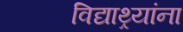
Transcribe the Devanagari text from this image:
विद्याथ्र्यांना